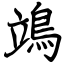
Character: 鴗